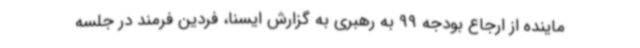
ماینده از ارجاع بودجه 99 به رهبری به گزارش ایسنا، فردین فرمند در جلسه